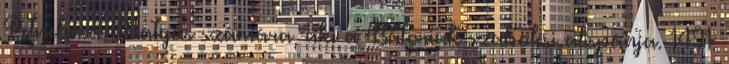
Petneházi Mátyás számára, aki a Bátoriak szabolcsi alispánja. 1491.